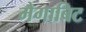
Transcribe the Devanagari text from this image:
मैगाबिट